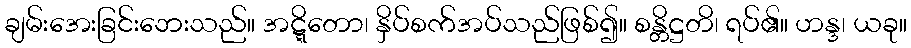
ချမ်းအေးခြင်းဘေးသည်။ အဋ္ဋိတော၊ နှိပ်စက်အပ်သည်ဖြစ်၍။ စန္တိဋ္ဌတိ၊ ရပ်၏။ ဟန္ဒ၊ ယခု။